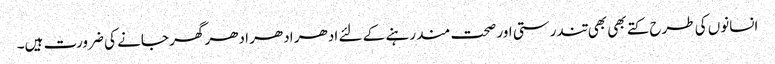
انسانوں کی طرح کتے بھی بھی تندرستی اور صحت مند رہنے کے لئے ادھر ادھر ادھر گھر جانے کی ضرورت ہیں۔